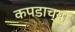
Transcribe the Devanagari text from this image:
कपडाच्या